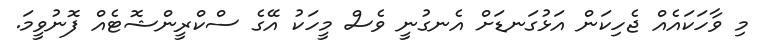
މި ވާހަކައެއް ޖެހިކަން އަޅުގަނޑަށް އެނގުނީ ވެސް މީހަކު އޭގެ ސްކްރީންޝޮޓެއް ފޮނުވީމަ.